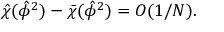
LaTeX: \hat { \chi } ( \hat { \phi } ^ { 2 } ) - \bar { \chi } ( \hat { \phi } ^ { 2 } ) = { \cal { O } } ( 1 / N ) .